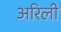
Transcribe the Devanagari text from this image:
अरिली